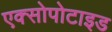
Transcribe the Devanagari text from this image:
एक्सोपोटाइड